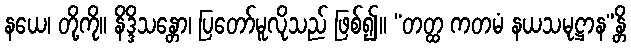
နယေ၊ တို့ကို။ နိဒ္ဒိသန္တော၊ ပြတော်မူလိုသည် ဖြစ်၍။ “တတ္ထ ကတမံ နယသမုဋ္ဌာန”န္တိ